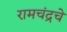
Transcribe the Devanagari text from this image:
रामचंद्रचे